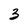
Character: 3